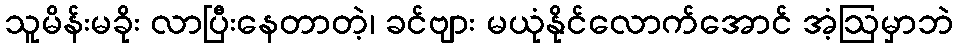
သူမိန်းမခိုး လာပြီးနေတာတဲ့၊ ခင်ဗျား မယုံနိုင်လောက်အောင် အံ့ဩမှာဘဲ